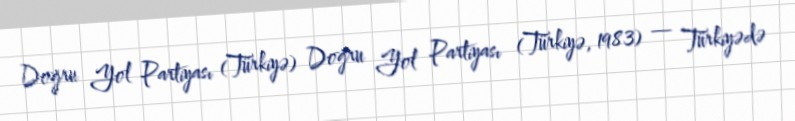
Doğru Yol Partiyası (Türkiyə) Doğru Yol Partiyası (Türkiyə, 1983) — Türkiyədə